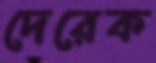
দেরেক